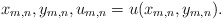
\begin{align*}x_{m,n},y_{m,n},u_{m,n}=u(x_{m,n},y_{m,n}).\end{align*}